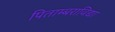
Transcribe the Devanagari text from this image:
पिताम्बराविद्या